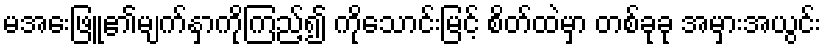
မအေးဖြူ၏မျက်နှာကိုကြည့်၍ ကိုသောင်းမြင့် စိတ်ထဲမှာ တစ်ခုခု အမှားအယွင်း